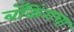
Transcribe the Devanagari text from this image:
बँकिंगचा